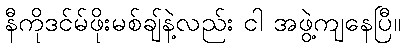
နီကိုဒင်မ်ဖိုးမစ်ချ်နဲ့လည်း ငါ အဖွဲ့ကျနေပြီ။